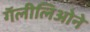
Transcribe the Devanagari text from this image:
गॅलीलिओने